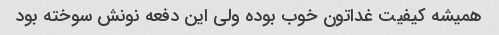
همیشه کیفیت غداتون خوب بوده ولی این دفعه نونش سوخته بود